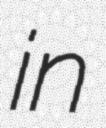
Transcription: in